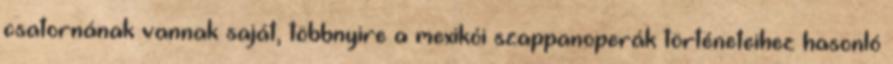
csatornának vannak saját, többnyire a mexikói szappanoperák történeteihez hasonló